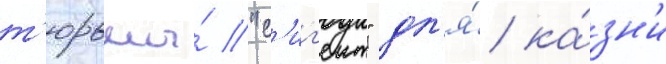
т'юрьмы́ "с'иг'еит" дл'я́ ка́зн'и